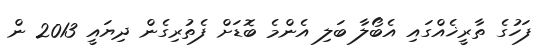
ފަހުގެ ތާރީޚެއްގައި އެބޯލާ ބަލި އެންމެ ބޮޑަށް ފެތުރިގެން ދިޔައީ 2013 ން